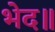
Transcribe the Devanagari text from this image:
भेद॥